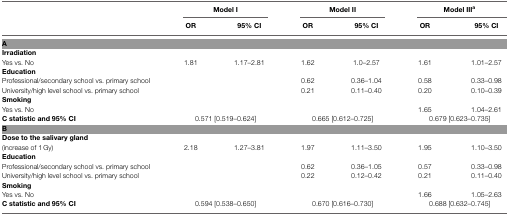
<table><thead><tr><td></td><td colspan="2"><b>Model I</b></td><td colspan="2"><b>Model II</b></td><td colspan="2"><b>Model III<sup>a</sup></b></td></tr><tr><td></td><td><b>OR</b></td><td><b>95% CI</b></td><td><b>OR</b></td><td><b>95% CI</b></td><td><b>OR</b></td><td><b>95% CI</b></td></tr></thead><tbody><tr><td colspan="7"><b>A</b></td></tr><tr><td><b>Irradiation</b></td></tr><tr><td>Yes vs. No</td><td>1.81</td><td>1.17–2.81</td><td>1.62</td><td>1.0–2.57</td><td>1.61</td><td>1.01–2.57</td></tr><tr><td><b>Education</b></td><td></td><td></td><td></td><td></td><td></td><td></td></tr><tr><td>Professional/secondary school vs. primary school</td><td></td><td></td><td>0.62</td><td>0.36–1.04</td><td>0.58</td><td>0.33–0.98</td></tr><tr><td>University/high level school vs. primary school</td><td></td><td></td><td>0.21</td><td>0.11–0.40</td><td>0.20</td><td>0.10–0.39</td></tr><tr><td><b>Smoking</b></td></tr><tr><td>Yes vs. No</td><td></td><td></td><td></td><td></td><td>1.65</td><td>1.04–2.61</td></tr><tr><td><b>C statistic and 95% CI</b></td><td colspan="2">0.571 [0.519–0.624]</td><td colspan="2">0.665 [0.612–0.725]</td><td colspan="2">0.679 [0.623–0.735]</td></tr><tr><td colspan="7"><b>B</b></td></tr><tr><td><b>Dose to the salivary gland</b></td></tr><tr><td>(increase of 1 Gy)</td><td>2.18</td><td>1.27–3.81</td><td>1.97</td><td>1.11–3.50</td><td>1.95</td><td>1.10–3.50</td></tr><tr><td><b>Education</b></td></tr><tr><td>Professional/secondary school vs. primary school</td><td></td><td></td><td>0.62</td><td>0.36–1.05</td><td>0.57</td><td>0.33–0.98</td></tr><tr><td>University/high level school vs. primary school</td><td></td><td></td><td>0.22</td><td>0.12–0.42</td><td>0.21</td><td>0.11–0.40</td></tr><tr><td><b>Smoking</b></td></tr><tr><td>Yes vs. No</td><td></td><td></td><td></td><td></td><td>1.66</td><td>1.05–2.63</td></tr><tr><td><b>C statistic and 95% CI</b></td><td colspan="2">0.594 [0.538–0.650]</td><td colspan="2">0.670 [0.616–0.730]</td><td colspan="2">0.688 [0.632–0.745]</td></tr></tbody></table>